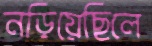
নড়িয়েছিলে